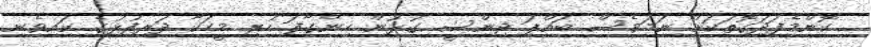
ކޮންމެފަދަގޮތަކަށް ނަމަވެސް ބައްޕަ ޖިންސީ ގުޅުން ހިންގާފަ ހުރި މީހަކާ ދަރިފުޅުގެ ކައިވެނި